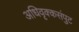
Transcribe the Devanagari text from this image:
अधिवृक्कसंपुट